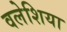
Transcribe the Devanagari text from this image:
वलेशिया